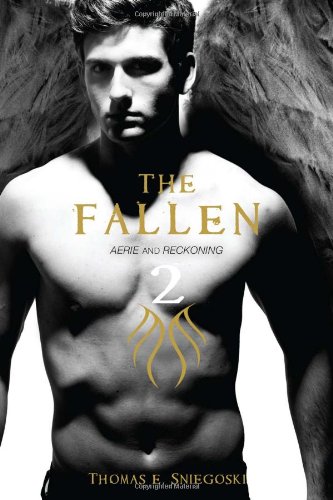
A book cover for The Fallen 2: Aerie and Reckoning; Thomas E. Sniegoski; Teen & Young Adult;